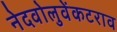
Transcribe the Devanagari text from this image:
नेदवोलुवेंकटराव